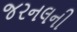
જરનલની